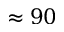
\approx 9 0